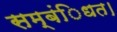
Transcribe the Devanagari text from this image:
सम्बंिधत।